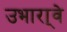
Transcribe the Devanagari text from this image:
उभारा्वे